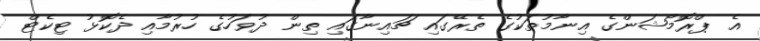
އެ ޕްރޮމޯޝަންގެ އިނާމުތަކުގެ ތެރޭގައި ޗައިނާގައި ތިން ދުވަހުގެ ހުރުމާއި ދެކޮޅު ޓިކެޓް